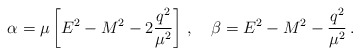
\begin{align*}\alpha=\mu\left[E^{2}-M^{2}-2\frac{q^2}{\mu^2}\right]\,,\quad\beta=E^{2}-M^{2}-\frac{q^2}{\mu^2}\,.\end{align*}